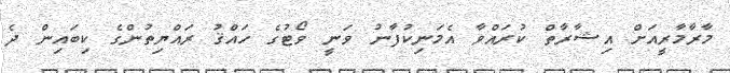
މާރާމާރީއަށް އިޝާރާތް ކުރައްވާ އެމަނިކުފާނު ވަނީ ވޯޓުގެ ހައްޤު ރައްޔިތުންގެ ކިބައިން ދެ